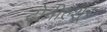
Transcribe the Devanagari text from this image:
टोनील्शूर